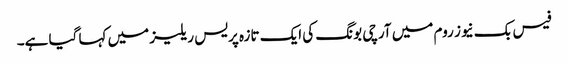
فیس بک نیوز روم میں آرچی بونگ کی ایک تازہ پریس ریلیز میں کہا گیا ہے۔